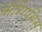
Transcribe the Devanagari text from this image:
सोरिएसिस